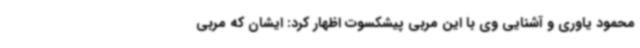
محمود یاوری و آشنایی وی با این مربی پیشکسوت اظهار کرد: ایشان که مربی